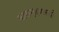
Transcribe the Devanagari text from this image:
कारागृहवासही